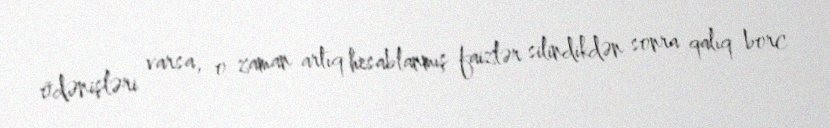
ödənişləri varsa, o zaman artıq hesablanmış faizlər silindikdən sonra qalıq borc